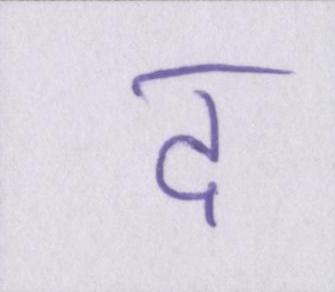
द